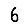
Digit: 6